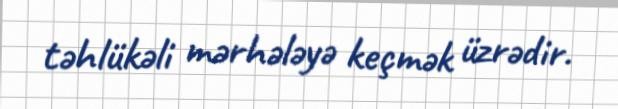
təhlükəli mərhələyə keçmək üzrədir.